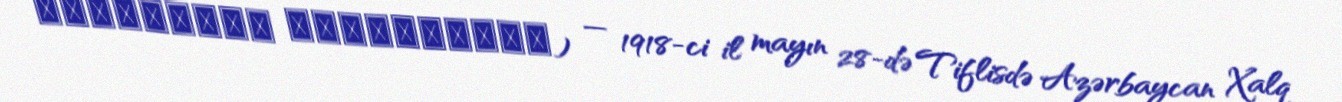
ایستیقلال عقدنامه‌سی) — 1918-ci il mayın 28-də Tiflisdə Azərbaycan Xalq